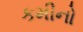
કમીનો